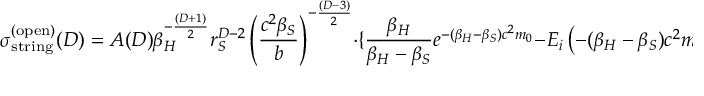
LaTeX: \sigma _ { \mathrm { s t r i n g } } ^ { ( \mathrm { o p e n } ) } ( D ) = A ( D ) \beta _ { H } ^ { - \frac { ( D + 1 ) } { 2 } } \: r _ { S } ^ { D - 2 } \: \left( \frac { c ^ { 2 } \beta _ { S } } { b } \right) ^ { - \frac { ( D - 3 ) } { 2 } } \: \cdot \: \lbrace \frac { \beta _ { H } } { \beta _ { H } - \beta _ { S } } \: e ^ { - ( \beta _ { H } - \beta _ { S } ) c ^ { 2 } m _ { 0 } } \: - \: E _ { i } \left( - ( \beta _ { H } - \beta _ { S } ) c ^ { 2 } m _ { 0 } \right) \rbrace